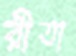
রীতা